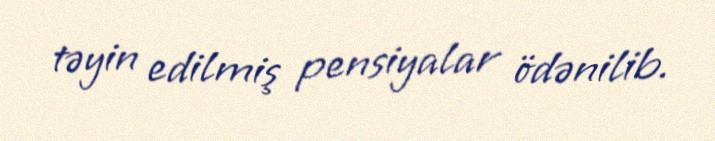
təyin edilmiş pensiyalar ödənilib.